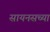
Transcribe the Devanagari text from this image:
सायनसच्या